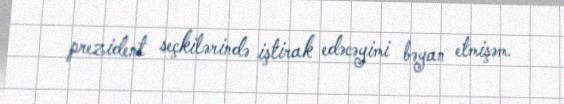
prezident seçkilərində iştirak edəcəyimi bəyan etmişəm.